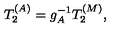
T _ { 2 } ^ { ( A ) } = g _ { A } ^ { - 1 } T _ { 2 } ^ { ( M ) } ,